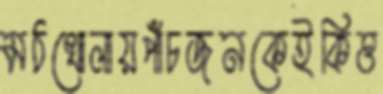
মঠখোলায়পাঁচজনকেইকিত্ত